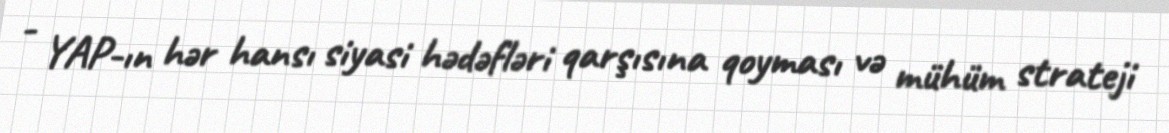
- YAP-ın hər hansı siyasi hədəfləri qarşısına qoyması və mühüm strateji